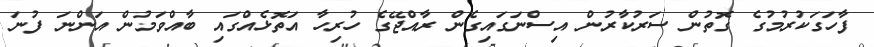
ފާހަގަކުރުމުގެ ގޮތުން ސަރުކާރުން އިސްނަގައިގެން ރާއްޖޭގެ ހުރިހާ އަތޮޅެއްގައި ބާއްވަމުން އަންނަ ފުނަ